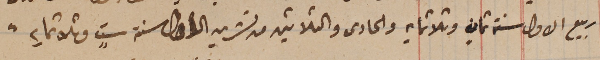
ربيع الاول سنة ثمانٍ وثلاثمايه والحادى والثلاثين من تشرين الاول سنة ستٍ وثلاثمايه.